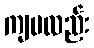
ကျမလည်း